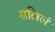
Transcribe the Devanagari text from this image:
सलिलं